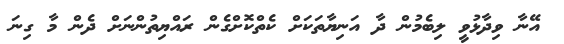
އޭނާ ވިދާޅުވީ ލިބެމުން ދާ އަނިޔާތަކަށް ކެތްކޮށްގެން ރައްޔިތުންނަށް ދެން މާ ގިނަ